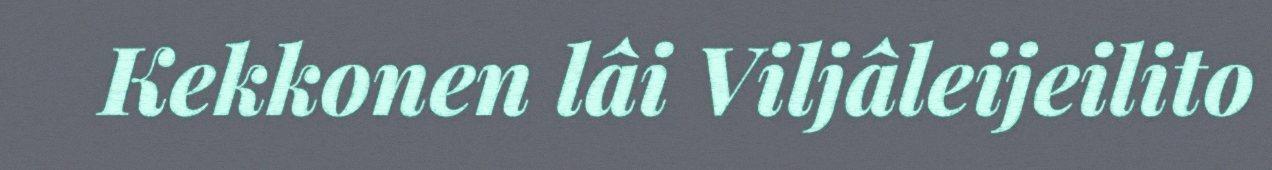
Kekkonen lâi Viljâleijeilito